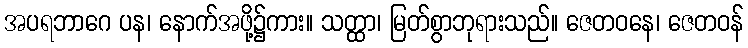
အပရဘာဂေ ပန၊ နောက်အဖို့၌ကား။ သတ္ထာ၊ မြတ်စွာဘုရားသည်။ ဇေတဝနေ၊ ဇေတဝန်